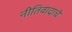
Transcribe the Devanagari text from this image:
नीतिवादाचे